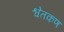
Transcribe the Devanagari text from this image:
श्वेतकण